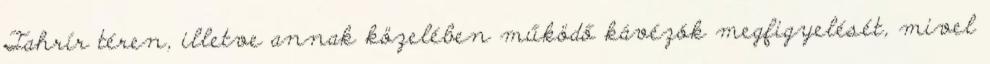
Tahrír téren, illetve annak közelében működő kávézók megfigyelését, mivel